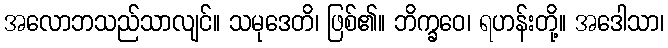
အလောဘသည်သာလျင်။ သမုဒေတိ၊ ဖြစ်၏။ ဘိက္ခဝေ၊ ရဟန်းတို့။ အဒေါသာ၊